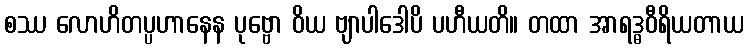
စဿ လောဟိတပ္ပဟာနေန ပုဗ္ဗော ဝိယ ဗျာပါဒေါပိ ပဟီယတိ။ တထာ အာရဒ္ဓဝီရိယတာယ